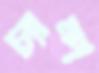
চ্যাম্প